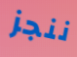
ننجز